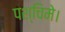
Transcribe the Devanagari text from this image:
पश्चिमे।